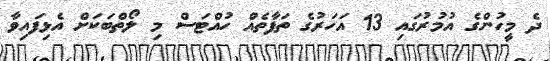
ދެ މީހުންގެ އުމުރުގައި 13 އަހަރުގެ ތަފާތެއް ހުއްޓަސް މި ލޯތްބަކަށް އެޅިފައިވާ